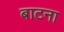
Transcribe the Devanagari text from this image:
बाटना